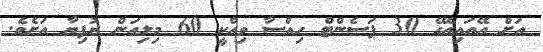
އަށް އޭއައިއޭގެ 30 ޕަސެންޓް ހިއްސާ ވިއްކީ 60 މިލިއަން ރުފިޔާ އަށެވެ.